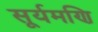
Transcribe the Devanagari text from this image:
सूर्यमणि